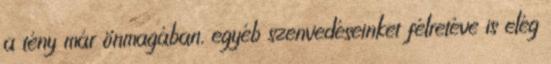
a tény már önmagában, egyéb szenvedéseinket félretéve is elég